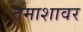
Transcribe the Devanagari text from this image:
तमाशावर